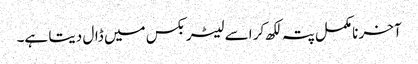
آخر نامکمل پتہ لکھ کر اسے لیٹر بکس میں ڈال دیتا ہے۔